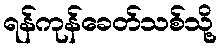
ရန်ကုန်ခေတ်သစ်သို့